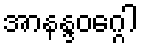
အာနန္ဒဝဂ္ဂေါ